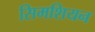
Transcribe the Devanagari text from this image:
सिमशियन